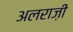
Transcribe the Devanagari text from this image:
अलराज़ी